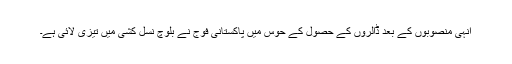
انہی منصوبوں کے بعد ڈالروں کے حصول کے حوس میں پاکستانی فوج نے بلوچ نسل کشی میں تیزی لائی ہے۔